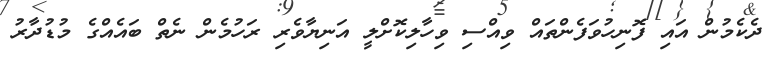
ދެކެމުން އައި ފޮނިހުވަފެންތައް ވިއްސި ވިހާލިކޮށްލީ އަނިޔާވެރި ރަހުމެން ނެތް ބައެއްގެ މުޑުދާރު